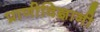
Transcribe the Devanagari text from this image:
प्राणीविज्ञानी